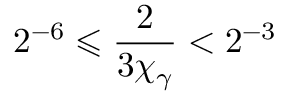
2 ^ { - 6 } \leqslant \frac { 2 } { 3 \chi _ { \gamma } } < 2 ^ { - 3 }